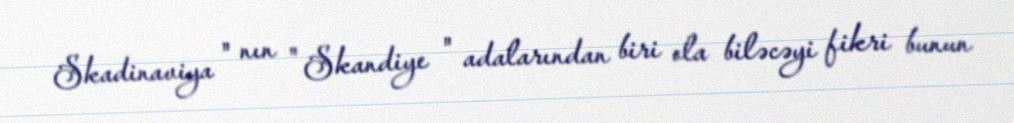
Skadinaviya " nın " Skandiye " adalarından biri ola biləcəyi fikri bunun